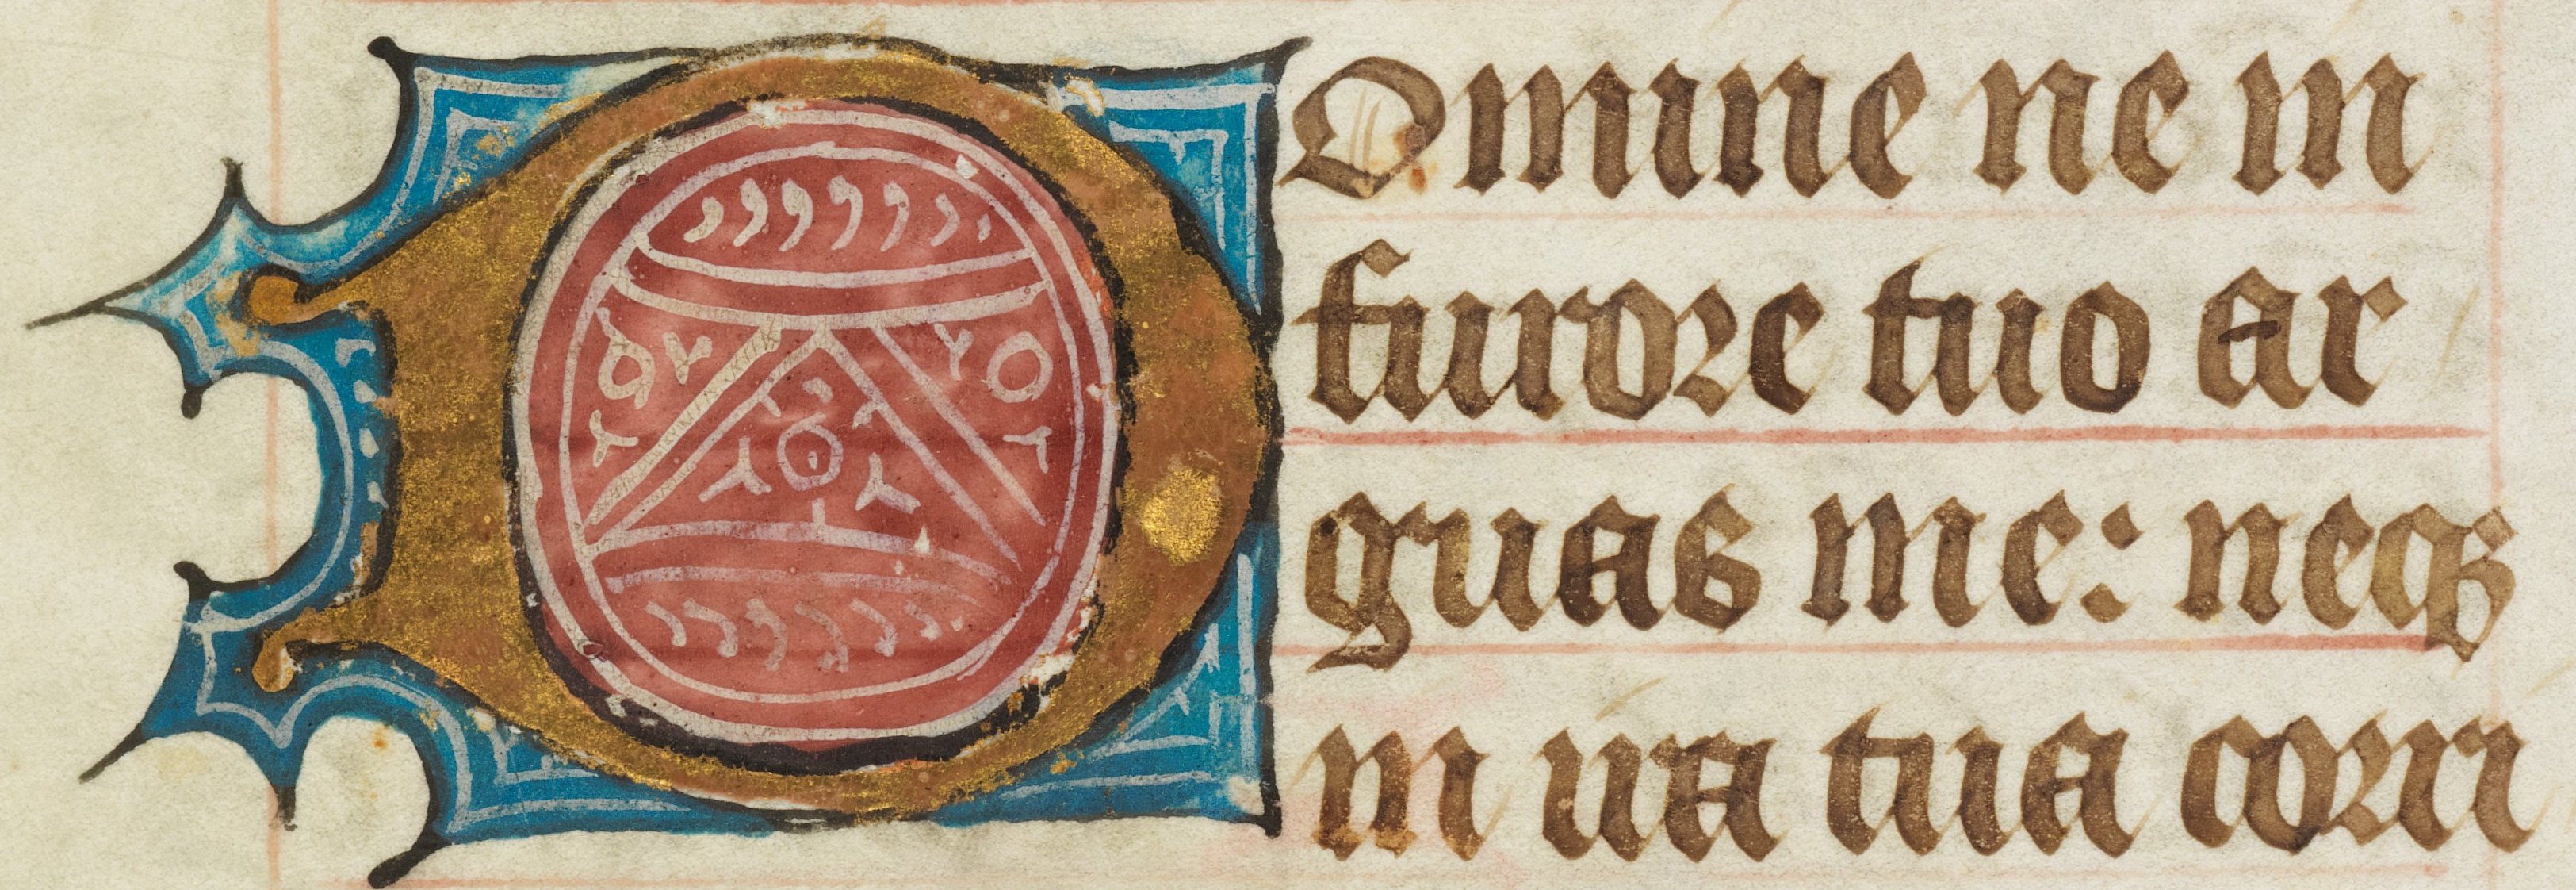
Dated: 1400–1415